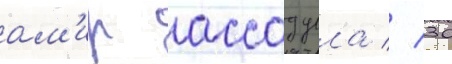
ам'ир ассадулла // 30